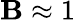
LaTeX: \mathbf{B}\approx1